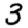
Digit: 3